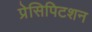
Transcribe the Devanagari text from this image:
प्रेसिपिटशन